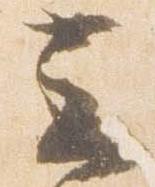
云